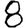
Digit: 8